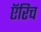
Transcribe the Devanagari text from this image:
ऍरिच